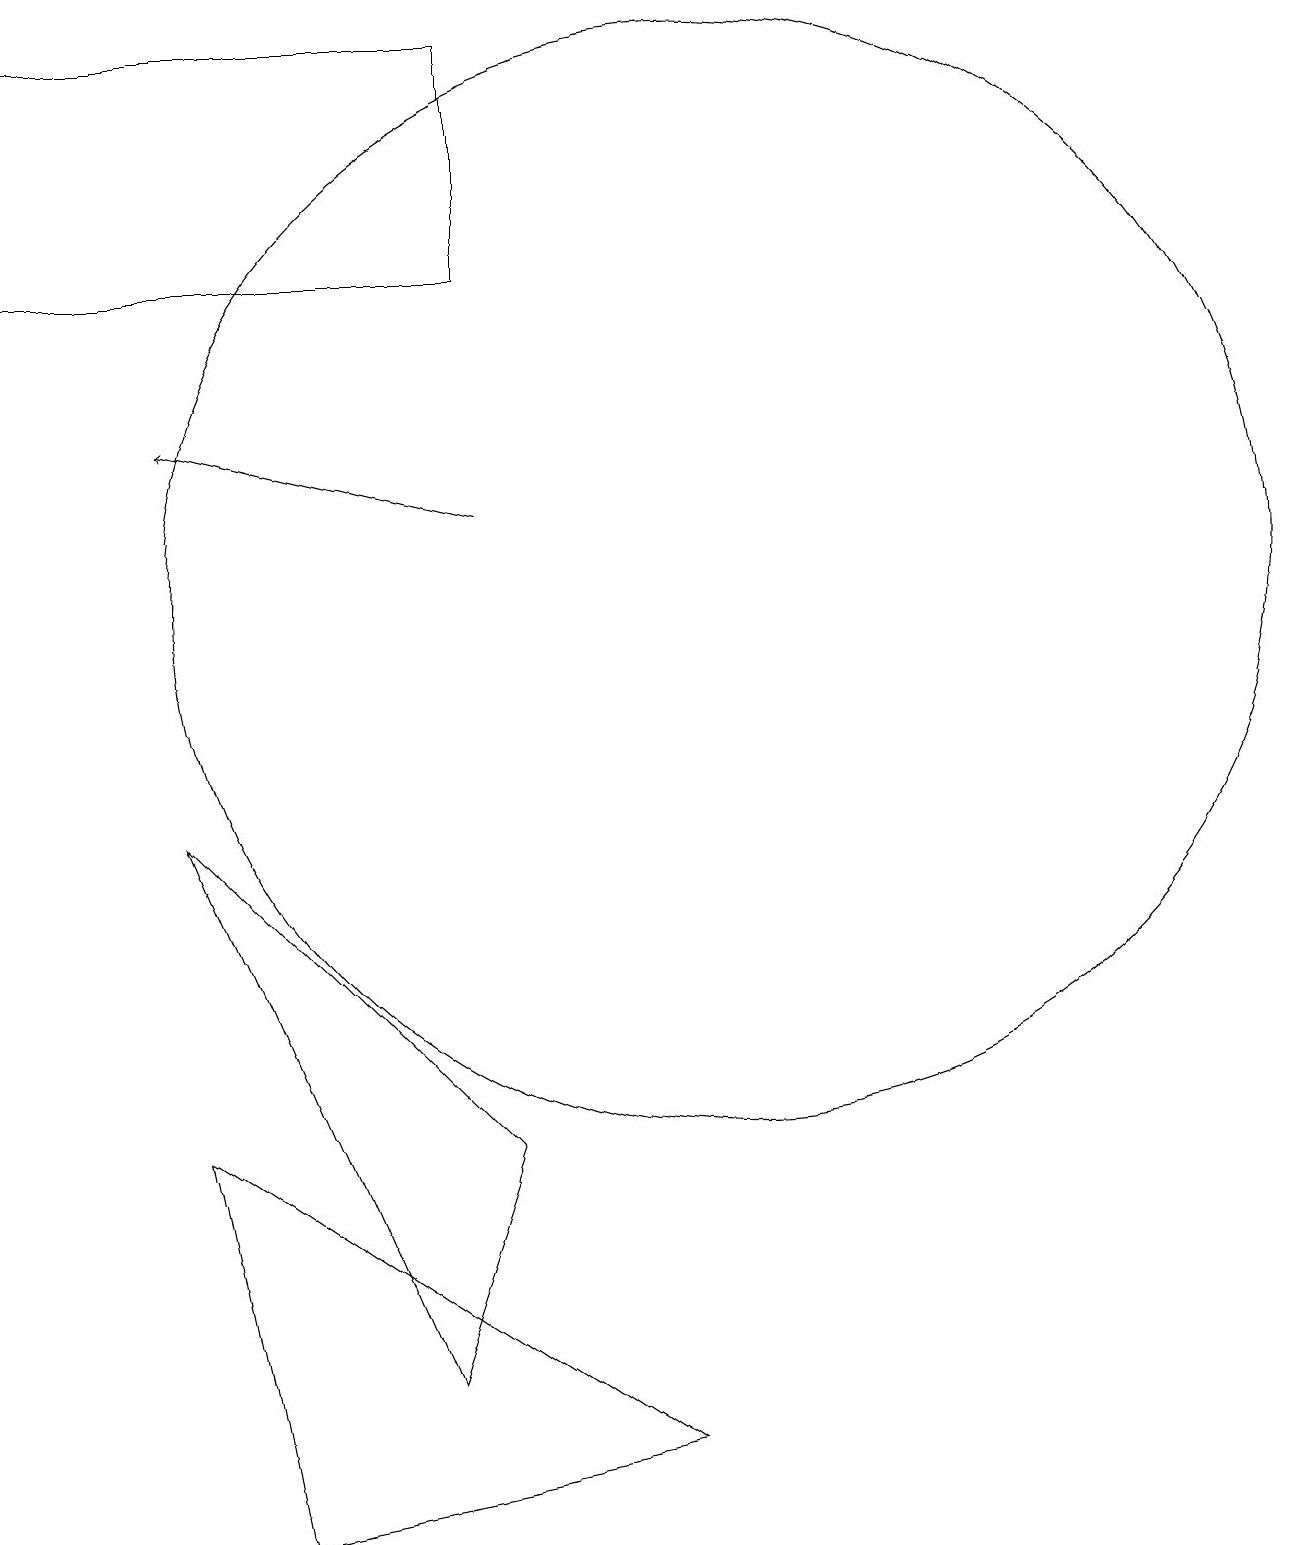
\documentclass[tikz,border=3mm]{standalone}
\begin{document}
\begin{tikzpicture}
\draw[->] (7,13) -- (3,14);
\draw (3,9) -- (7,5) -- (6,2) -- cycle;
\draw (7,16) rectangle (1,19);
\draw (3,5) -- (4,0) -- (9,1) -- cycle;
\draw (10,12) circle (7);
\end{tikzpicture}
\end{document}